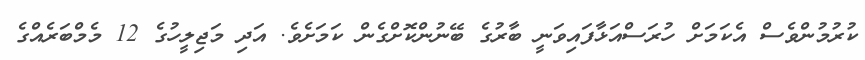
ކުރުމުންވެސް އެކަމަށް ހުރަސްއަޅާފައިވަނީ ބާރުގެ ބޭނުންކޮށްގެން ކަމަށެވެ. އަދި މަޖިލީހުގެ 12 މެމްބަރެއްގެ